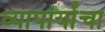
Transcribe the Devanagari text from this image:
व्यापार्यांचा